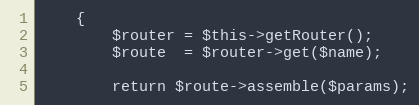
Language: PHP
    {
        $router = $this->getRouter();
        $route  = $router->get($name);

        return $route->assemble($params);